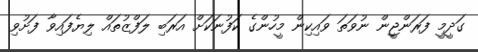
ގަދީމީ ފަރަންޖީން ނުވަތަ ވައިކިން މީހުންގެ ކަފުނަކަށް އަރަބި ލަފްޒުތައް ލިޔެފައިވާ ފަށުވި